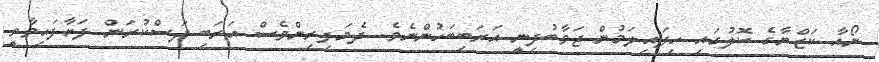
ނޯއާ ކަޒްޔާގެ ކޮލުގައި ހިފައިލަމުން ޖަވާބުދިނީ އަރަބިބަހުންނެވެ. ދެމަފިރިންވެސް އަރަބި ދަސްކުރަން ފަށާފައިވާތީ